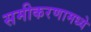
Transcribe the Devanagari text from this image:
समीकरणामध्ये